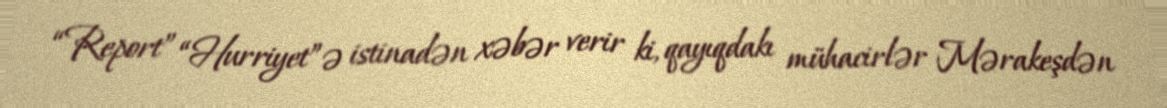
“Report” “Hurriyet”ə istinadən xəbər verir ki, qayıqdakı mühacirlər Mərakeşdən